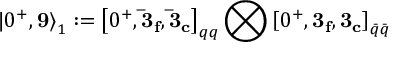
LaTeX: { | 0 ^ { + } , { \bf 9 } \rangle } _ { 1 } : = { \left[ 0 ^ { + } , { \bf { \bar { 3 } } _ { f } } , { \bf { \bar { 3 } } _ { c } } \right] } _ { q q } \bigotimes { \left[ 0 ^ { + } , { \bf { 3 _ { f } } } , { \bf { 3 _ { c } } } \right] } _ { \bar { q } \bar { q } }